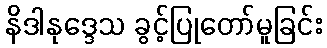
နိဒါနုဒ္ဒေသ ခွင့်ပြုတော်မူခြင်း